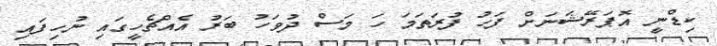
ކިޑްނީ އޮޕަރޭޝަނަށް ފަހު ފުރަތަމަ ހަ މަސް ދުވަހު ބަރު އެއްޗެހީގައި ނުހިފައި